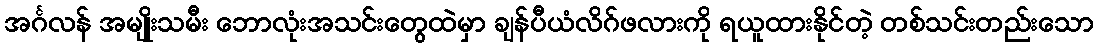
အင်္ဂလန် အမျိုးသမီး ဘောလုံးအသင်းတွေထဲမှာ ချန်ပီယံလိဂ်ဖလားကို ရယူထားနိုင်တဲ့ တစ်သင်းတည်းသော